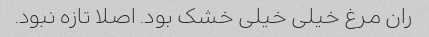
ران مرغ خیلی خیلی خشک بود. اصلا تازه نبود.